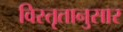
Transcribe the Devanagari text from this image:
विस्तृतानुसार